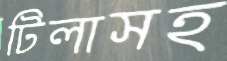
টিলাসহ